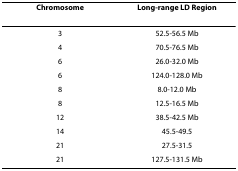
<table><thead><tr><td><b>Chromosome</b></td><td><b>Long-range LD Region</b></td></tr></thead><tbody><tr><td>3</td><td>52.5-56.5 Mb</td></tr><tr><td>4</td><td>70.5-76.5 Mb</td></tr><tr><td>6</td><td>26.0-32.0 Mb</td></tr><tr><td>6</td><td>124.0-128.0 Mb</td></tr><tr><td>8</td><td>8.0-12.0 Mb</td></tr><tr><td>8</td><td>12.5-16.5 Mb</td></tr><tr><td>12</td><td>38.5-42.5 Mb</td></tr><tr><td>14</td><td>45.5-49.5</td></tr><tr><td>21</td><td>27.5-31.5</td></tr><tr><td>21</td><td>127.5-131.5 Mb</td></tr></tbody></table>